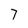
Character: 7